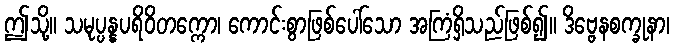
ဤသို့။ သမုပ္ပန္နပရိဝိတက္ကော၊ ကောင်းစွာဖြစ်ပေါ်သော အကြံရှိသည်ဖြစ်၍။ ဒိဗ္ဗေနစက္ခုနာ၊